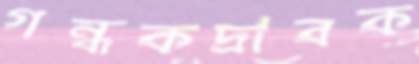
গন্ধকদ্রাবক